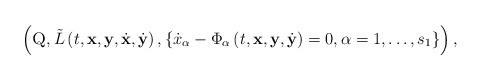
LaTeX: \begin{align*}\left(\textsc{Q},\tilde{L}\left(t,\textbf{x},\textbf{y},\dot{\textbf{x}},\dot{\textbf{y}}\right),\{\dot{x}_\alpha-\Phi_\alpha\left(t,\textbf{x},\textbf{y},\dot{\textbf{y}}\right)=0,\alpha=1,\ldots,s_1\}\right),\end{align*}